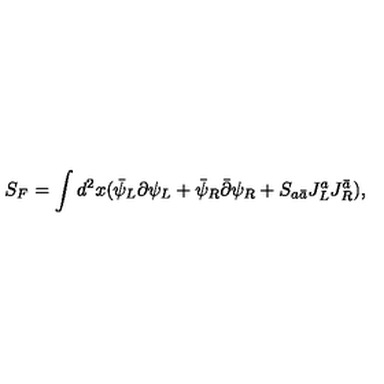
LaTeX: S _ { F } = \int d ^ { 2 } x ( \bar { \psi } _ { L } \partial \psi _ { L } + \bar { \psi } _ { R } \bar { \partial } \psi _ { R } + S _ { a \bar { a } } J _ { L } ^ { a } J _ { R } ^ { \bar { a } } ) ,